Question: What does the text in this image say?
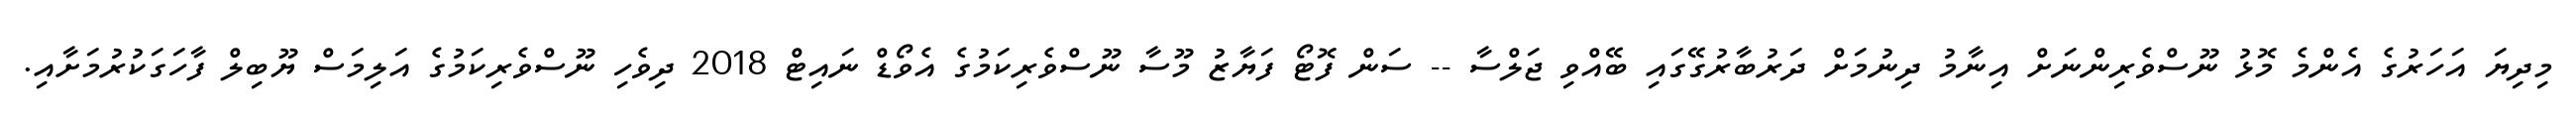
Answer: މިދިޔަ އަހަރުގެ އެންމެ މޮޅު ނޫސްވެރިންނަށް އިނާމު ދިނުމަށް ދަރުބާރުގޭގައި ބޭއްވި ޖަލްސާ -- ސަން ފޮޓޯ ފަޔާޒު މޫސާ ނޫސްވެރިކަމުގެ އެވޯޑް ނައިޓް 2018 ދިވެހި ނޫސްވެރިކަމުގެ އަލިމަސް ޔޫބިލް ފާހަގަކުރުމަށާއި.